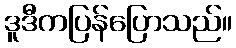
ဒူဒီကပြန်ပြောသည်။